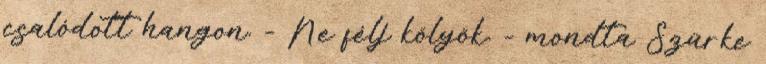
csalódott hangon. - Ne félj kölyök. - mondta Szürke